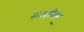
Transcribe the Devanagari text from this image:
स्पादीक्स्